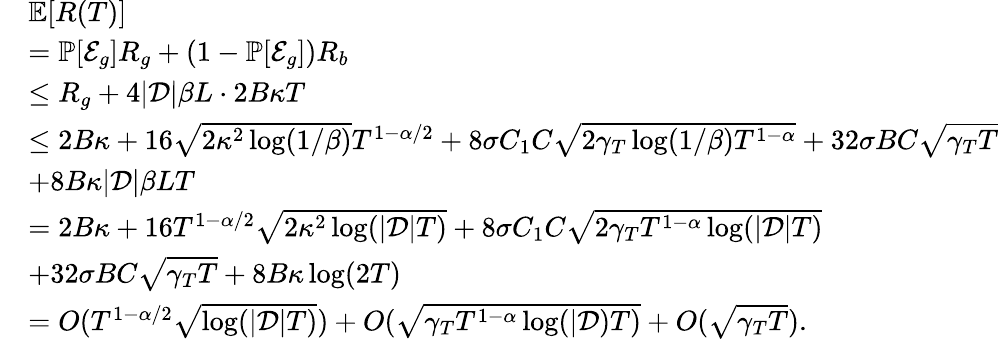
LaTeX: \begin{array}{rl}&{\mathbb{E}[R(T)]}\\ &{=\mathbb{P}[\mathcal{E}_{g}]R_{g}+(1-\mathbb{P}[\mathcal{E}_{g}])R_{b}}\\ &{\leq R_{g}+4|\mathcal{D}|\beta L\cdot 2B\kappa T}\\ &{\leq 2B\kappa+16\sqrt{2\kappa^{2}\log(1/\beta)}T^{1-\alpha/2}+8\sigma C_{1}C\sqrt{2\gamma_{T}\log(1/\beta)T^{1-\alpha}}+32\sigma BC\sqrt{\gamma_{T}T}}\\ &{+8B\kappa|\mathcal{D}|\beta LT}\\ &{=2B\kappa+16T^{1-\alpha/2}\sqrt{2\kappa^{2}\log(|\mathcal{D}|T)}+8\sigma C_{1}C\sqrt{2\gamma_{T}T^{1-\alpha}\log(|\mathcal{D}|T)}}\\ &{+32\sigma BC\sqrt{\gamma_{T}T}+8B\kappa\log(2T)}\\ &{=O(T^{1-\alpha/2}\sqrt{\log(|\mathcal{D}|T)})+O(\sqrt{\gamma_{T}T^{1-\alpha}\log(|\mathcal{D})T)}+O(\sqrt{\gamma_{T}T}).}\end{array}